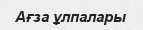
Ағза ұлпалары